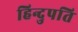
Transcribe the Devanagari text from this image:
हिन्दुपति